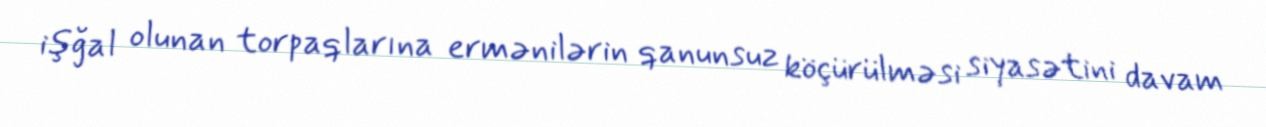
işğal olunan torpaqlarına ermənilərin qanunsuz köçürülməsi siyasətini davam